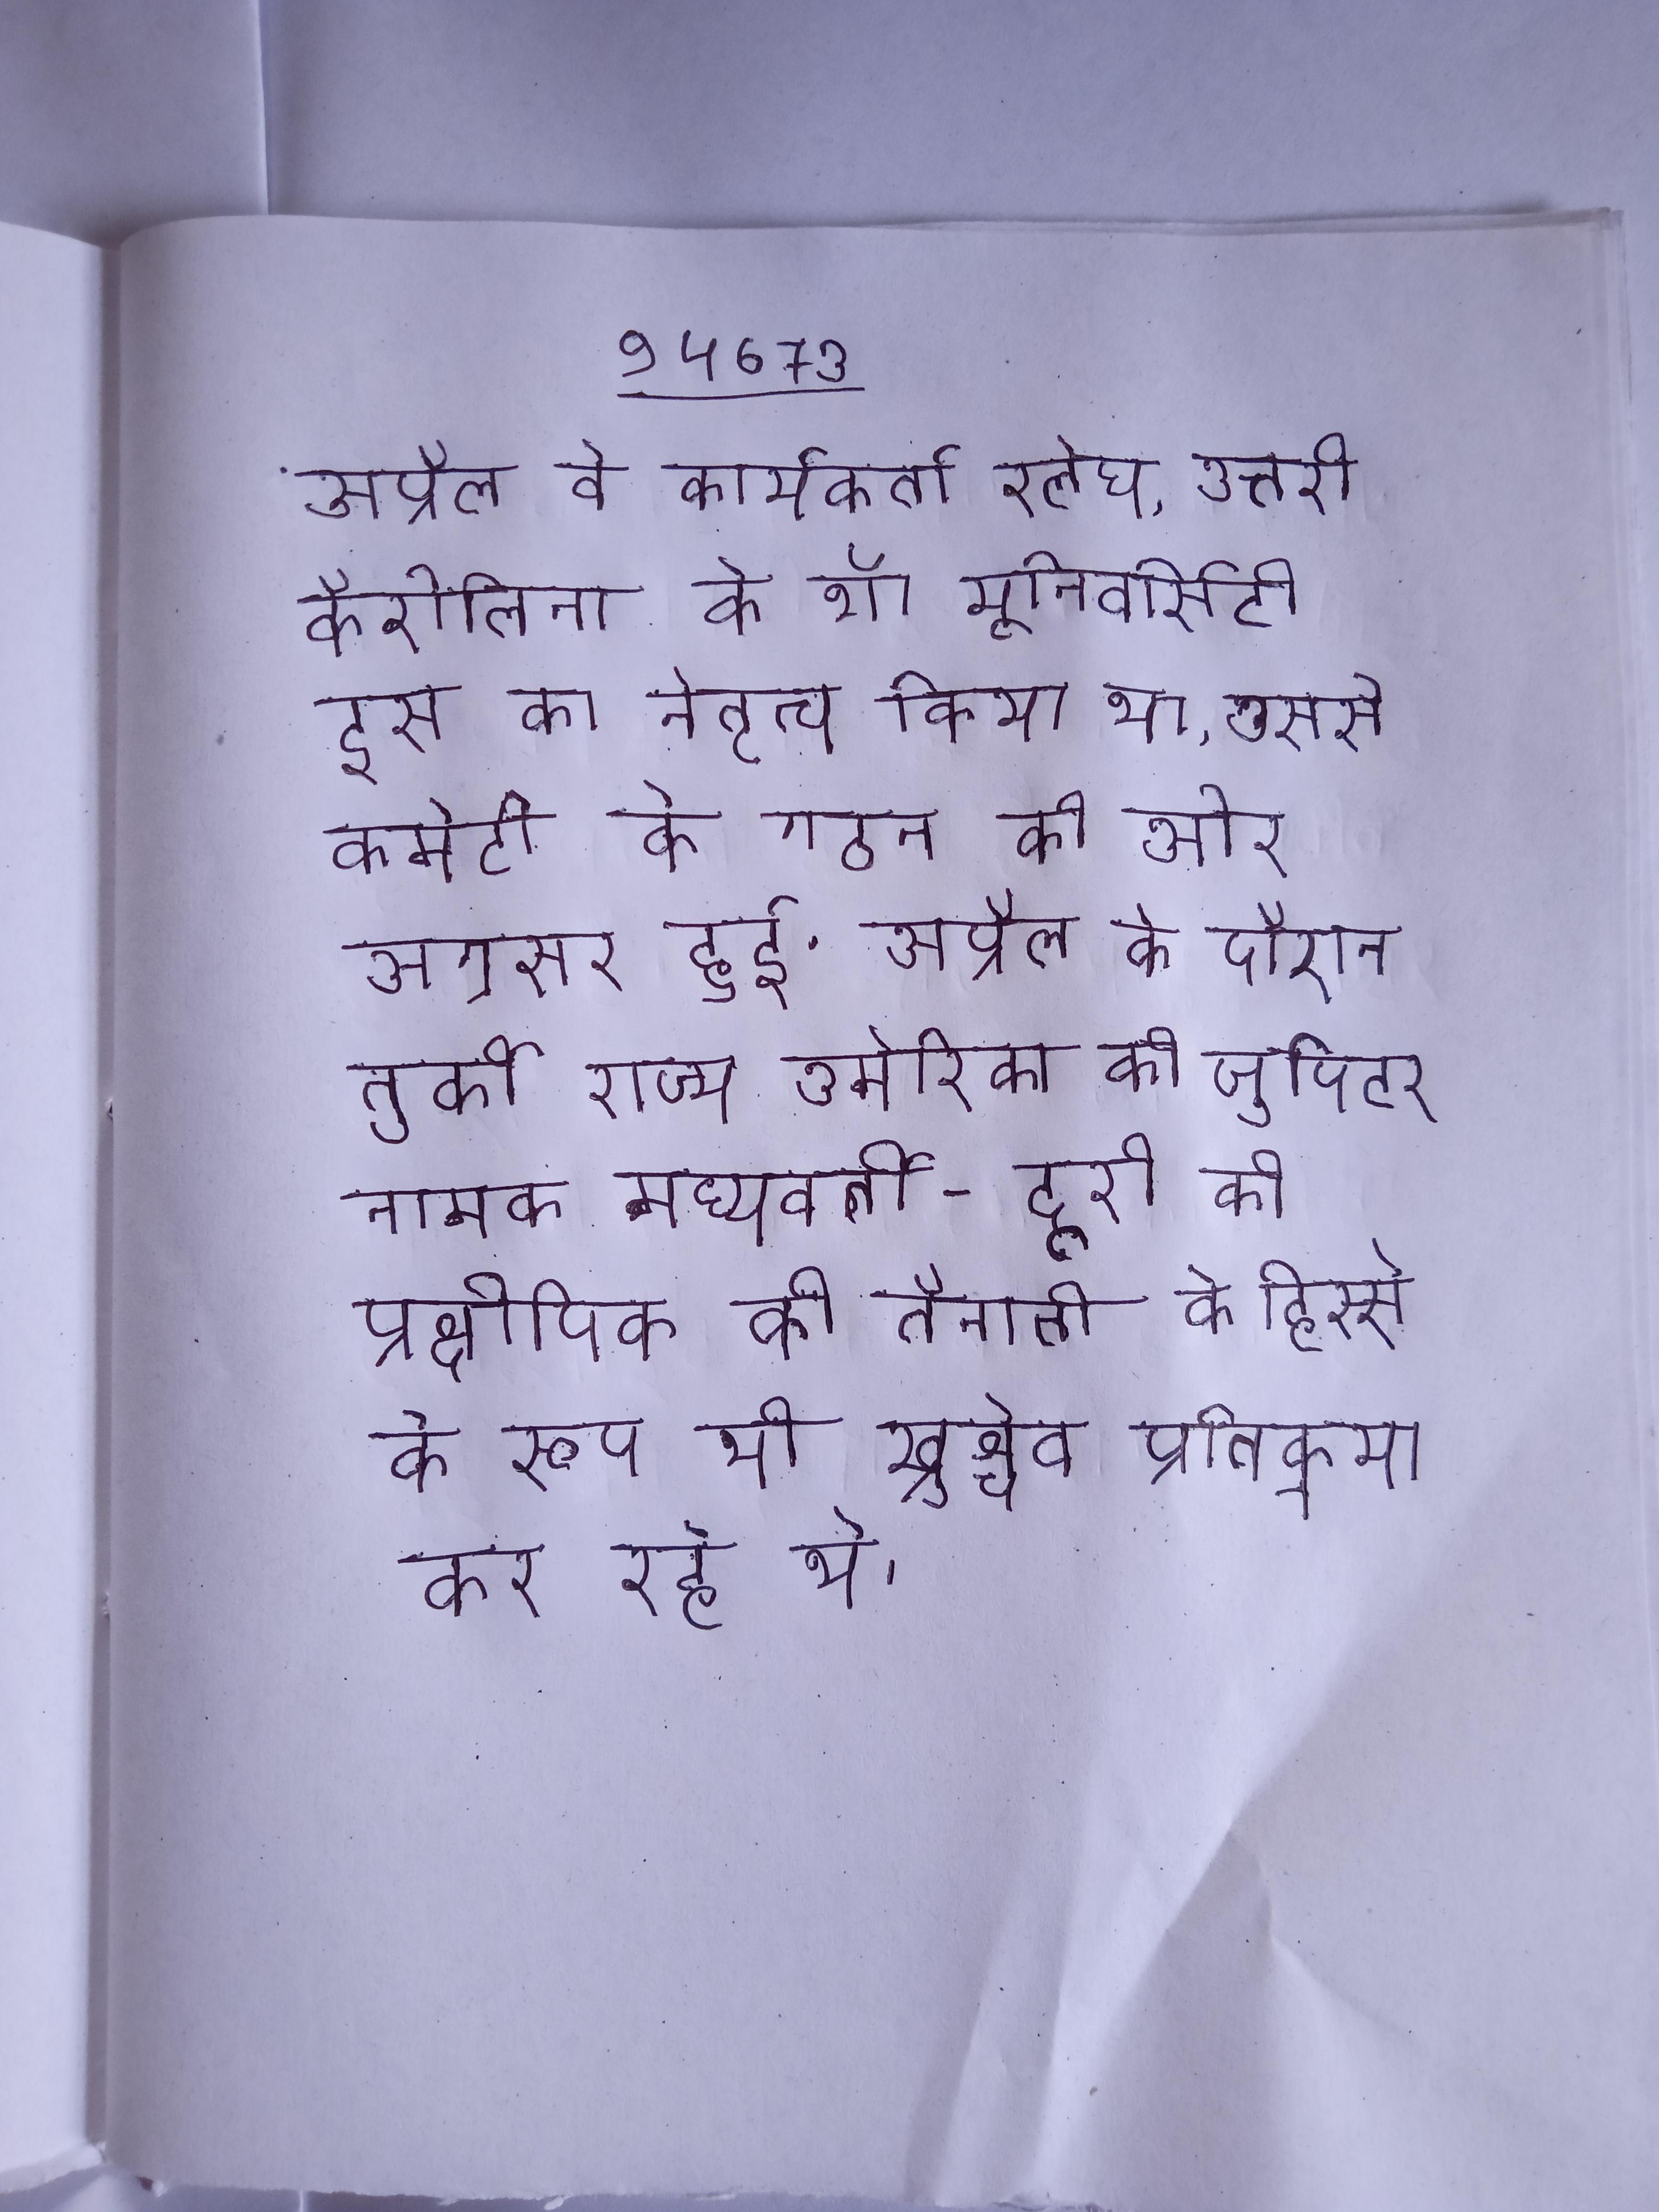
अप्रैल वे कार्यकर्ता रलेघ, उत्तरी कैरोलिना के शॉ यूनिवर्सिटी इस का नेतृत्व किया था, उससे कमेटी के गठन की ओर अग्रसर हुई . अप्रैल के दौरान तुर्की राज्य अमेरिका की जुपिटर नामक मध्यवर्ती-दूरी की प्रक्षेपिक की तैनाती के हिस्से के रूप भी ख्रुश्चेव प्रतिक्रया कर रहे थे ।